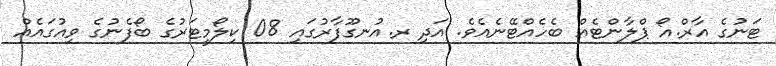
ޓަނުގެ އާރް.އޯ ޕްލާންޓެއް ބެހެއްޓޭނެއެވެ. އަދި ރ.އުނގޫފާރުގައި 08 ކިލޯމީޓަރުގެ ބޯފެނުގެ ވިއުގައެއް